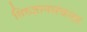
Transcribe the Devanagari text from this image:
तिरुज्ञानसंबन्दर